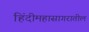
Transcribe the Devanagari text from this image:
हिंदीमहासागरातील